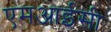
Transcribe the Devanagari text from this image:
एमआईसी